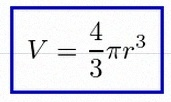
V=\frac43\pi r^3